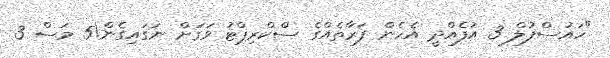
"ހައުސްފުލް 3 އުފެއްދީ އެހެން ފަރާތެއްގެ ސްކްރިޕްޓު ވަގަށް ނަގައިގެން!5 މަސް 3